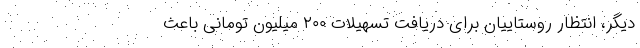
دیگر، انتظار روستاییان برای دریافت تسهیلات ۲۰۰ میلیون تومانی باعث